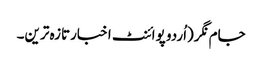
جام نگر(اُردو پوائنٹ اخبارتازہ ترین۔